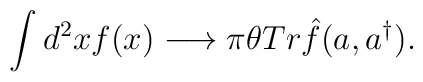
\int d^2xf(x) \longrightarrow \pi \theta Tr\hat{f}(a,a^\dagger).